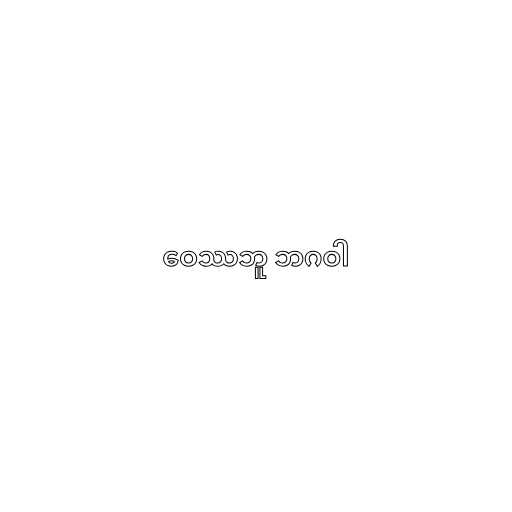
ဝေဿဘူ ဘဂဝါ